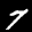
Label: 7